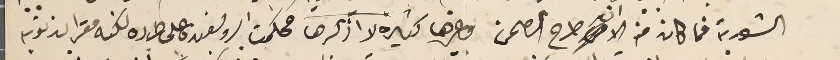
الشوربة فما كان منه الا ان طرح الصحن وغيرها كثيرة لا اذكرها فحكمت البروبغندة على طرده لكنه مقرا بذنوبه